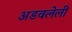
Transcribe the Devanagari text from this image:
अडवलेली